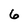
Character: 6